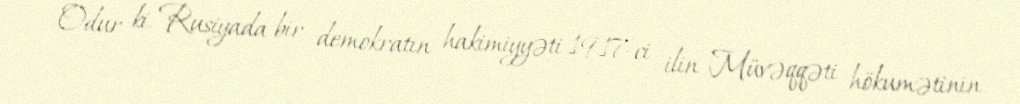
Odur ki, Rusiyada bir demokratın hakimiyyəti 1917-ci ilin Müvəqqəti hökumətinin